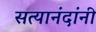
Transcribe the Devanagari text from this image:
सत्यानंदांनी